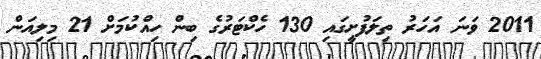
2011 ވަނަ އަހަރު ތިލަފުށީގައި 130 ހެކްޓަރުގެ ބިން ހިއްކުމަށް 21 މިލިއަން